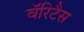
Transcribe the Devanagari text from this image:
वॅरिटैस